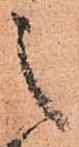
之